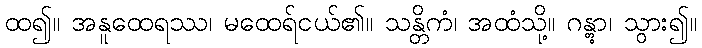
ထ၍။ အနူထေရဿ၊ မထေရ်ငယ်၏။ သန္တိကံ၊ အထံသို့။ ဂန္တွာ၊ သွား၍။